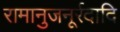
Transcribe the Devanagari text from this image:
रामानुजनूर्रदादि